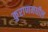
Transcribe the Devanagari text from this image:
कुराणमधील